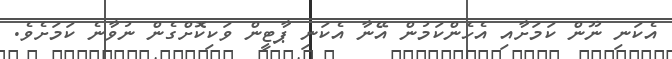
އެކަނި ނޫން ކަމަށާއި އެހެންކަމުން އޭނާ އެކަނި ޕާޓީން ވަކިކޮށްގެން ނުވާނެ ކަމަށެވެ.